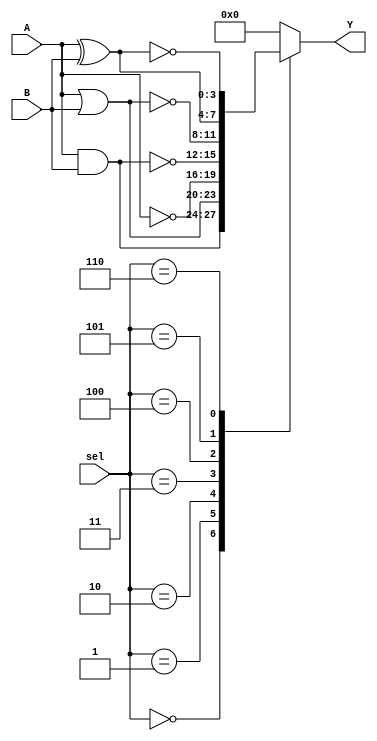
module combinational_logic (
    input  wire [3:0] A,       // Input A
    input  wire [3:0] B,       // Input B
    input  wire [2:0] sel,     // Select signal for choosing operation
    output wire [3:0] Y        // Output Y
);

// Define the logic functions
wire [3:0] and_result;
wire [3:0] or_result;
wire [3:0] not_result;
wire [3:0] nand_result;
wire [3:0] nor_result;
wire [3:0] xor_result;
wire [3:0] xnor_result;

assign and_result = A & B;       // AND operation
assign or_result  = A | B;       // OR operation
assign not_result  = ~A;         // NOT operation (for A)
assign nand_result = ~(A & B);   // NAND operation
assign nor_result  = ~(A | B);   // NOR operation
assign xor_result  = A ^ B;      // XOR operation
assign xnor_result = ~(A ^ B);   // XNOR operation

// MUX to select the output based on the select signal
always @(*) begin
    case (sel)
        3'b000: Y = and_result;    // Select AND
        3'b001: Y = or_result;     // Select OR
        3'b010: Y = not_result;    // Select NOT
        3'b011: Y = nand_result;   // Select NAND
        3'b100: Y = nor_result;    // Select NOR
        3'b101: Y = xor_result;    // Select XOR
        3'b110: Y = xnor_result;   // Select XNOR
        default: Y = 4'b0000;      // Default case
    endcase
end

endmodule